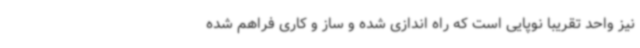
نیز واحد تقریبا نوپایی است که راه اندازی شده و ساز و کاری فراهم شده